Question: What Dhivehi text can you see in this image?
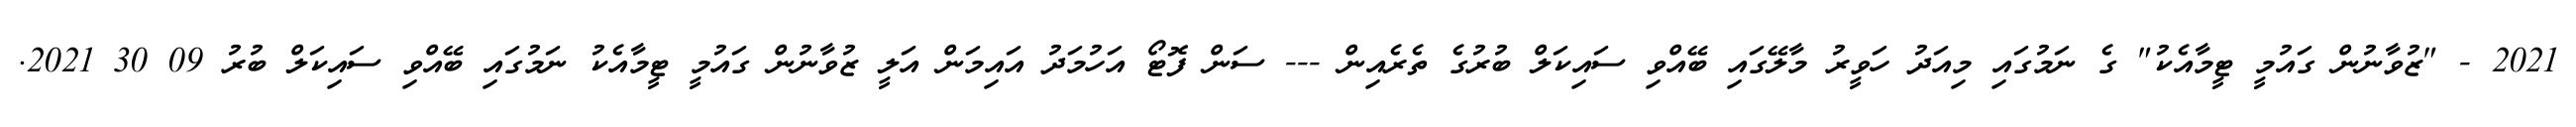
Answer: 2021 - "ޒުވާނުން ގައުމީ ޓީމާއެކު" ގެ ނަމުގައި މިއަދު ހަވީރު މާލޭގައި ބޭއްވި ސައިކަލް ބުރުގެ ތެރެއިން --- ސަން ފޮޓޯ އަހުމަދު އައިމަން އަލީ ޒުވާނުން ގައުމީ ޓީމާއެކު ނަމުގައި ބޭއްވި ސައިކަލް ބުރު 09 30 2021.